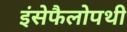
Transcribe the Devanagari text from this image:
इंसेफैलोपथी